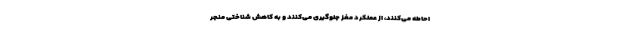
احاطه می‌کنند، از عملکرد مغز جلوگیری می‌کنند و به کاهش شناختی منجر